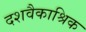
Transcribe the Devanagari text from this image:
दशवैकाश्रिक